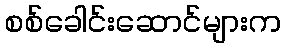
စစ်ခေါင်းဆောင်များက